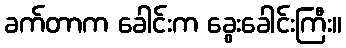
ခက်တာက ခေါင်းက ခွေးခေါင်းကြီး။